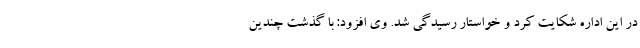
در این اداره شکایت کرد و خواستار رسیدگی شد. وی افزود: با گذشت چندین